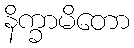
နိက္ခာမိတော